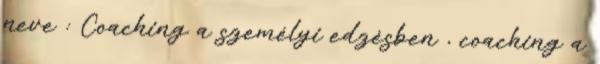
neve : Coaching a személyi edzésben , coaching a